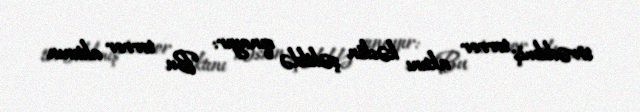
törədilmiş terror aktını kəskin şəkildə qınayır: "Bu terror aktının